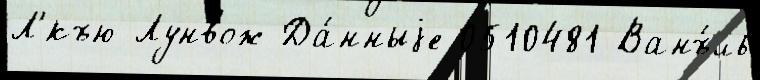
Л'́къю-Лунвож Да́нныjе 0510481 Ванъ́ль